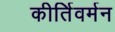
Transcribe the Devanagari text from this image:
कीर्तिवर्मन